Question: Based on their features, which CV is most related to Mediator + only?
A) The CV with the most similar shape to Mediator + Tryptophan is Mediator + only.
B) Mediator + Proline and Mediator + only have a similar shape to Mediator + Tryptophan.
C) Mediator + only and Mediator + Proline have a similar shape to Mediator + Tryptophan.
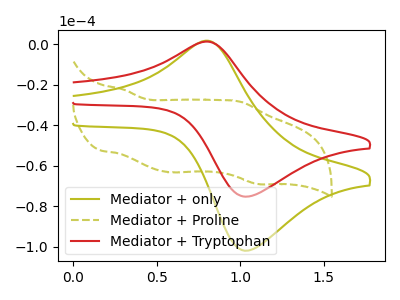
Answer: <think>The olive curve "Mediator + only" has an anodic peak at (0.80V, 1.60uA) and a cathodic peak at (1.05V, -102.00uA). The olive dashed curve "Mediator + Proline" has anodic peaks at (0.30V, -22.55uA) (1.00V, -28.60uA) and cathodic peaks at (0.60V, -63.30uA) (1.10V, -69.10uA). The red curve "Mediator + Tryptophan" has an anodic peak at (0.80V, 1.20uA) and a cathodic peak at (1.05V, -75.30uA).
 "Mediator + only" and "Mediator + Proline" have a different number of peaks. All the peaks in "Mediator + only" have a peak in "Mediator + Tryptophan" at the same potential. Every peak in "Mediator + only" is higher than every peak in "Mediator + Tryptophan". "Mediator + Proline" and "Mediator + Tryptophan" have a different number of peaks.</think>
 <answer>A) The CV with the most similar shape to "Mediator + Tryptophan" is "Mediator + only".</answer>
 <eval>A</eval>